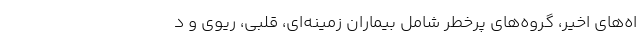
اه‌های اخیر، گروه‌های پرخطر شامل بیماران زمینه‌ای، قلبی، ریوی و د